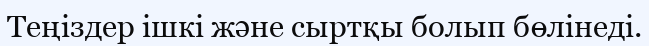
Теңіздер ішкі және сыртқы болып бөлінеді.